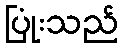
ပြုံးသည်